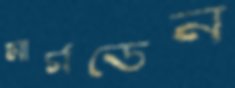
মার্সডেন